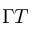
\Gamma T